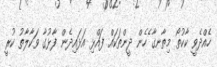
ހެއްދެވީ ކާކުތޯ މިތާނގާ ެހެން ދީންތަކައް ފައްޅި އަޅައިދެން ފާޅުގާ ވަކާލާތު ކުރީ